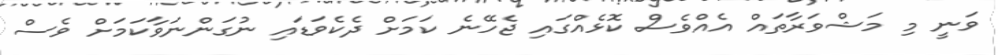
ވަނީ މި މަޝްވަރާތައް އެއްވެސް ކޮޅެއްގައި ޖެހޭނެ ކަމަށް ދެކެވަޑައި ނުގަންނަވާކަމަށް ވެސް